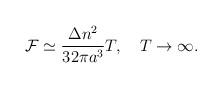
LaTeX: \begin{align*}{\cal F}\simeq \frac{\Delta n^2}{32 \pi a^3}T, \quad T\to \infty {.}\end{align*}